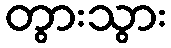
တွားသွား